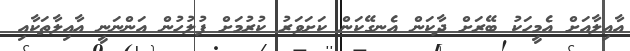
އާއިލާއަށް އެމީހަކު ބޭރަށް ދާކަން އެނގޭކަން ކަށަވަރު ކުރުމަށް ފުލުހުން އަންނަނީ އާއިލާތަކާއި